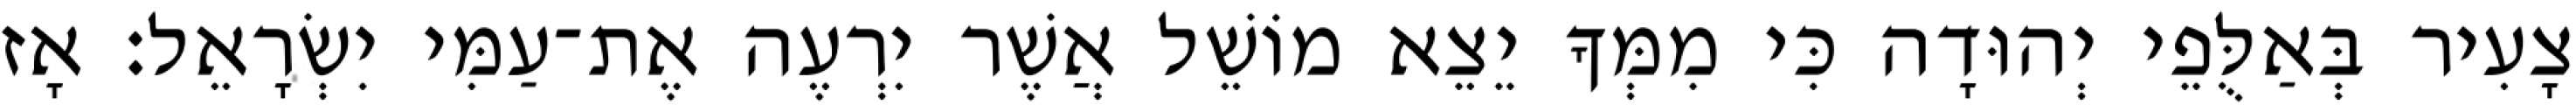
צָעִיר בְּאַלֻּפֵי יְהוּדָה כִּי מִמְּךָ יֵצֵא מוֹשֵׁל אֲשֶׁר יִרְעֶה אֶת־עַמִּי יִשְׂרָאֵל׃ אָז